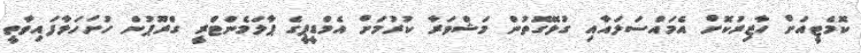
ކޮމެޓީއަށް ހާޒިރުކޮށް އެމައްސަލައާއި ގުޅޭގޮތުން މަޝްވަރާ ކުރުމަށް އެމްޑީޕީގެ ޕާލަމެންޓްރީ ގްރޫޕުން ހުށަހަޅާފައިވާތީ